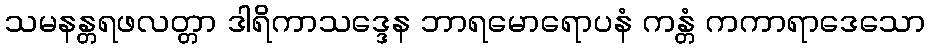
သမနန္တရဖလတ္တာ ဒါရိကာသဒ္ဒေန ဘာရမောရောပနံ ကန္တံ ကကာရာဒေသော